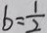
b = \frac { 1 } { 2 }